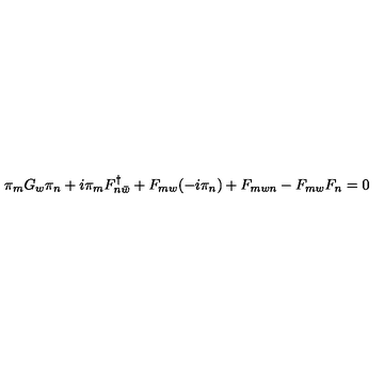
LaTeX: \pi _ { m } G _ { w } \pi _ { n } + i \pi _ { m } F _ { n \bar { w } } ^ { \dagger } + F _ { m w } ( - i \pi _ { n } ) + F _ { m w n } - F _ { m w } F _ { n } = 0